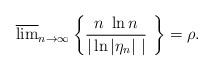
LaTeX: \begin{align*} \overline{\lim}_{n \to \infty} \left\{ \frac{n \ \ln n}{|\ln| \eta_n| \ |} \ \right\} = \rho.\end{align*}